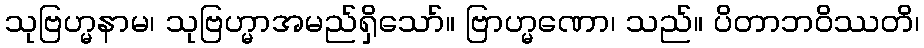
သုဗြဟ္မနာမ၊ သုဗြဟ္မာအမည်ရှိသော်။ ဗြာဟ္မဏော၊ သည်။ ပိတာဘဝိဿတိ၊